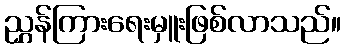
ညွှန်ကြားရေးမှူးဖြစ်လာသည်။